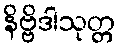
နိဗ္ဗိဒါသုတ္တ